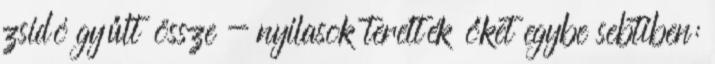
zsidó gyűlt össze - nyilasok terelték őket egybe sebtiben: